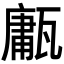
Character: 𤮇